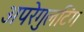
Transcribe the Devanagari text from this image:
अपरेगुलटिंग